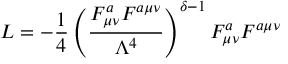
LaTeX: L = - \frac { 1 } { 4 } \left( \frac { F _ { \mu \nu } ^ { a } F ^ { a \mu \nu } } { \Lambda ^ { 4 } } \right) ^ { \delta - 1 } F _ { \mu \nu } ^ { a } F ^ { a \mu \nu }